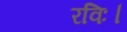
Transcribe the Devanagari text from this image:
रविः।